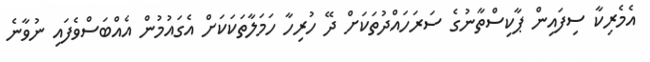
އެމެރިކާ ސިފައިން ޕާކިސްތާނުގެ ސަރަހައްދުތަކަށް ދޭ ހުރިހާ ހަމަލާތަކަކަށް އެގައުމުން އެއްބަސްވެފައި ނުވާނެ